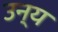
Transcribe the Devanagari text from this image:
उन्य